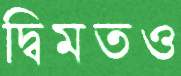
দ্বিমতও